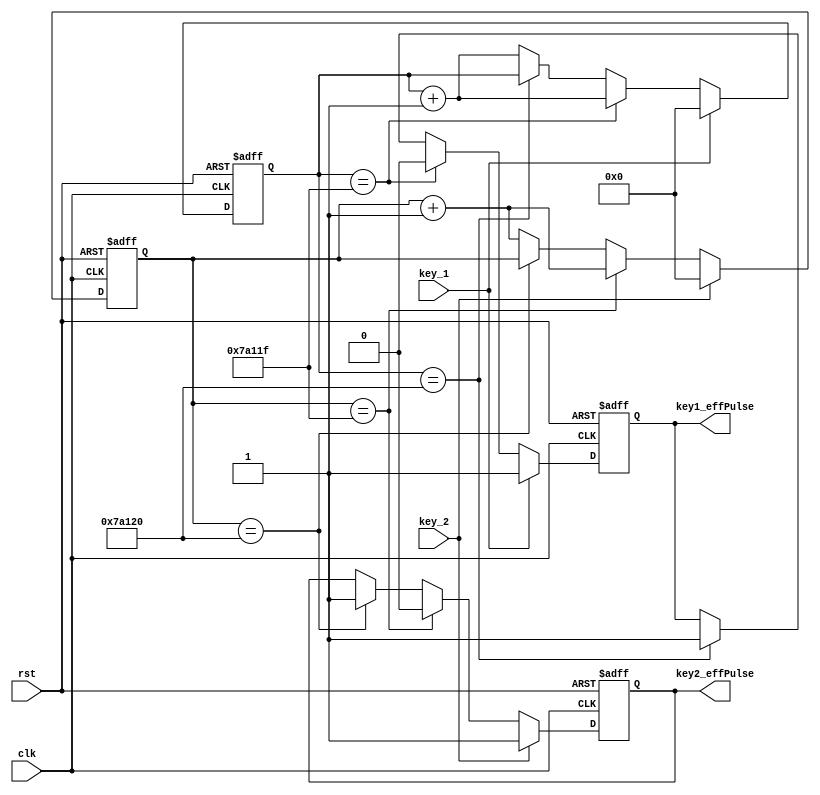
module key_filter (
    input clk,        
    input rst,
    input key_1,
    input key_2,
    output reg key1_effPulse,
    output reg key2_effPulse
);

reg [19:0] cnt_1;
reg [19:0] cnt_2;

parameter key_delayPeriod = 20'd500_000 - 1;           // 20ns, 10ms500k

// 
always @(posedge clk or negedge rst) begin
    if(!rst) begin
        cnt_1 <= 0;
        key1_effPulse <= 1;
    end
    else if(key_1 == 1) begin
        cnt_1 <= 0;
        key1_effPulse <= 1;
    end             
    else if(cnt_1 == key_delayPeriod) begin // 10ms, 
        key1_effPulse <= 0; 
        cnt_1 <= cnt_1 + 1;    
    end
    else if(cnt_1 == key_delayPeriod + 1)   // 
        key1_effPulse <= 1;
    else                                    // 
        cnt_1 <= cnt_1 + 1;
end

// 
always @(posedge clk or negedge rst) begin
    if(!rst) begin
        cnt_2 <= 0;
        key2_effPulse <= 1;
    end
    else if(key_2 == 1) begin
        cnt_2 <= 0;
        key2_effPulse <= 1;
    end             
    else if(cnt_2 == key_delayPeriod) begin   
        key2_effPulse <= 0; 
        cnt_2 <= cnt_2 + 1;    
    end
    else if(cnt_2 == key_delayPeriod + 1)   
        key2_effPulse <= 1;
    else                                  
        cnt_2 <= cnt_2 + 1;
end

endmodule